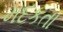
મદકતા